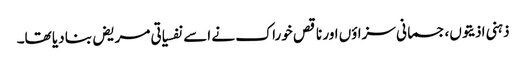
ذہنی اذیتوں،جسمانی سزاؤں اور ناقص خوراک نے اسے نفسیاتی مریض بنا دیا تھا۔